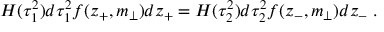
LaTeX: H ( \tau _ { 1 } ^ { 2 } ) d \tau _ { 1 } ^ { 2 } f ( z _ { + } , m _ { \perp } ) d z _ { + } = H ( \tau _ { 2 } ^ { 2 } ) d \tau _ { 2 } ^ { 2 } f ( z _ { - } , m _ { \perp } ) d z _ { - } \; .